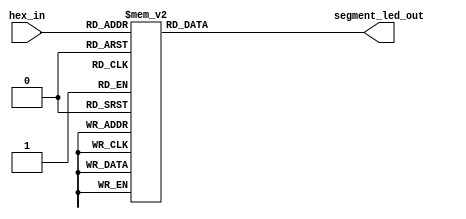
`timescale 1ns / 1ps
//////////////////////////////////////////////////////////////////////////////////
// Company: 
// Engineer: 
// 
// Design Name: 
// Module Name: Seven_segment_decoder
// Project Name: 
// Target Devices: 
// Tool Versions: 
// Description: 
// 
// Dependencies: 
// 
// Revision:
// Revision 0.01 - File Created
// Additional Comments:
// 
//////////////////////////////////////////////////////////////////////////////////

module Seven_segment_decoder(

    input [3:0] hex_in,                                // 4 bits control signal for FPGA 7q (2^4 = 16 cases)
    output reg [7:0] segment_led_out                   //  FPGA 7q,@q, CA, inpit = 0 -> trun on ;  inpit = 1 -> trun off
);   

    always @(hex_in)
        case(hex_in)
            4'b0001 : segment_led_out = 8'b11111001;   //1
            4'b0010 : segment_led_out = 8'b10100100;   //2
            4'b0011 : segment_led_out = 8'b10110000;   //3
            4'b0100 : segment_led_out = 8'b10011001;   //4
            4'b0101 : segment_led_out = 8'b10010010;   //5
            4'b0110 : segment_led_out = 8'b10000010;   //6
            4'b0111 : segment_led_out = 8'b11111000;   //7
            4'b1000 : segment_led_out = 8'b10000000;   //8
            4'b1001 : segment_led_out = 8'b10010000;   //9
            4'b1010 : segment_led_out = 8'b10001000;   //A
            4'b1011 : segment_led_out = 8'b10000011;   //b
            4'b1100 : segment_led_out = 8'b11000110;   //C
            4'b1101 : segment_led_out = 8'b10100001;   //d
            4'b1110 : segment_led_out = 8'b10000110;   //E
            4'b1111 : segment_led_out = 8'b10001110;   //F
            default : segment_led_out = 8'b11000000;   //0
        endcase
endmodule